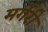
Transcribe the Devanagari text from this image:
मर्गेरी